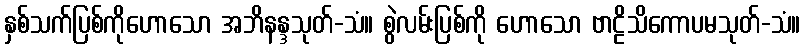
နှစ်သက်ပြစ်ကိုဟောသော အဘိနန္ဒသုတ်-သံ။ စွဲလမ်းပြစ်ကို ဟောသော ဗာဠိသိကောပမသုတ်-သံ။